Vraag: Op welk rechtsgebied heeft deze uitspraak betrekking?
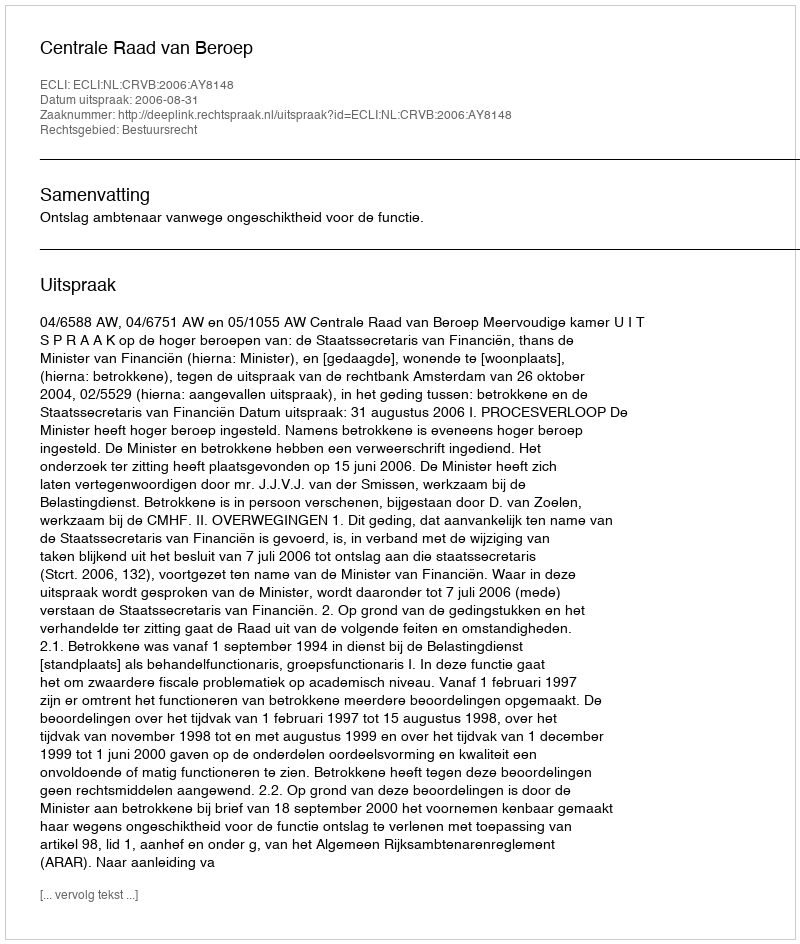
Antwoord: Bestuursrecht